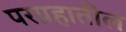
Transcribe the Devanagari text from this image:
परग्रहातील